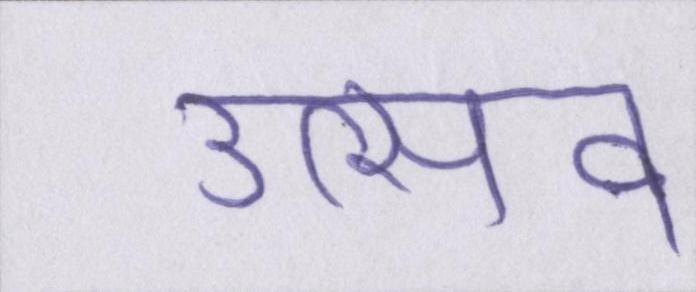
उत्सव